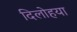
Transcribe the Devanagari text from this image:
दिलोहया